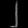
Digit: ၂